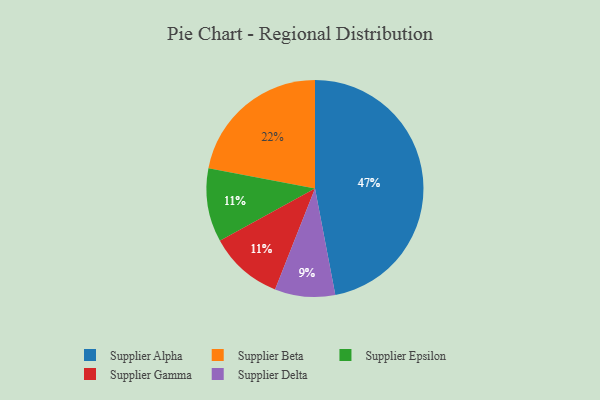
{"axis": {"x": "Category", "y": "Percentage"}, "legend": ["Supplier Alpha", "Supplier Beta", "Supplier Delta", "Supplier Epsilon", "Supplier Gamma"], "data": [{"x": "Supplier Delta", "y": 9, "type": "Supplier Delta"}, {"x": "Supplier Alpha", "y": 47, "type": "Supplier Alpha"}, {"x": "Supplier Beta", "y": 22, "type": "Supplier Beta"}, {"x": "Supplier Epsilon", "y": 11, "type": "Supplier Epsilon"}, {"x": "Supplier Gamma", "y": 11, "type": "Supplier Gamma"}]}